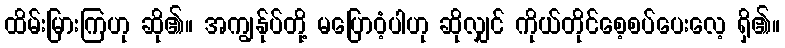
ထိမ်းမြားကြဟု ဆို၏။ အကျွန်ုပ်တို့ မပြောဝံ့ပါဟု ဆိုလျှင် ကိုယ်တိုင်စေ့စပ်ပေးလေ့ ရှိ၏။